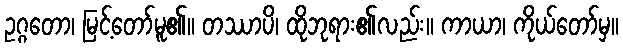
ဥဂ္ဂတော၊ မြင့်တော်မူ၏။ တဿာပိ၊ ထိုဘုရား၏လည်း။ ကာယာ၊ ကိုယ်တော်မှ။